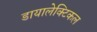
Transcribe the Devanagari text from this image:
डायालेक्टिकल